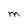
Character: O